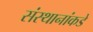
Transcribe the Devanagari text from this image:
संस्थानांकडे